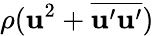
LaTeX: \rho(\mathbf{u}^{2}+\overline{{{\mathbf{u}^{\prime}\mathbf{u}^{\prime}}}})